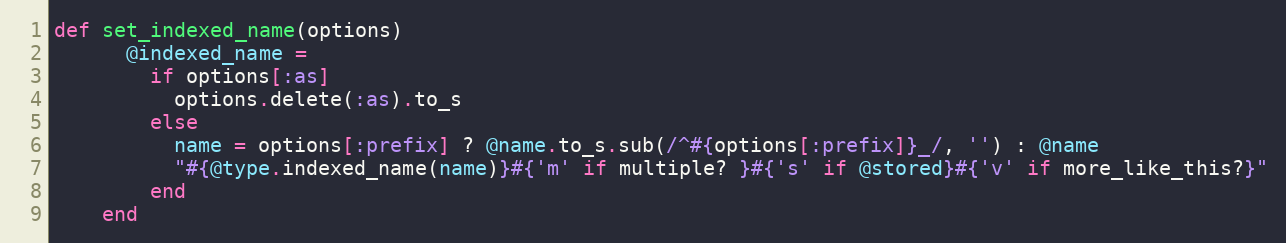
Language: Ruby
def set_indexed_name(options)
      @indexed_name =
        if options[:as]
          options.delete(:as).to_s
        else
          name = options[:prefix] ? @name.to_s.sub(/^#{options[:prefix]}_/, '') : @name
          "#{@type.indexed_name(name)}#{'m' if multiple? }#{'s' if @stored}#{'v' if more_like_this?}"
        end
    end